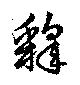
釈